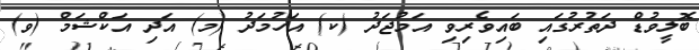
ބޮލީވުޑް ދަތުރުގައި ބައިވެރިވި އަމުޖަދު (ކ) އަހުމަދު (މ) އަދި އަކްޝަމް (ވ)